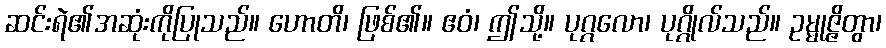
ဆင်းရဲ၏အဆုံးကိုပြုသည်။ ဟောတိ၊ ဖြစ်၏။ ဧဝံ၊ ဤသို့။ ပုဂ္ဂလော၊ ပုဂ္ဂိုလ်သည်။ ဥမ္မုဇ္ဇိတွာ၊